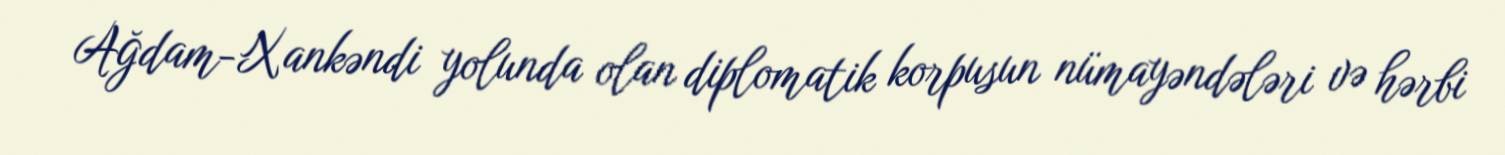
Ağdam-Xankəndi yolunda olan diplomatik korpusun nümayəndələri və hərbi